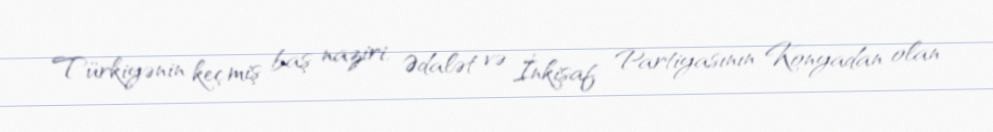
Türkiyənin keçmiş baş naziri, Ədalət və İnkişaf Partiyasının Konyadan olan